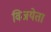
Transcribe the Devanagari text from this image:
विजयेता